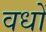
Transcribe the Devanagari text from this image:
वधों